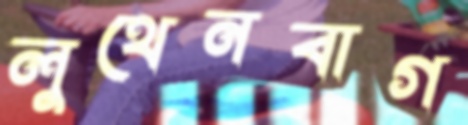
লুথেনবাগ